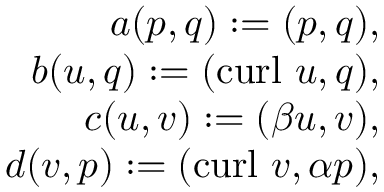
\begin{array} { r l r } & { } & { a ( { p } , { q } ) : = ( { p } , { q } ) , } \\ & { } & { b ( \boldsymbol { u } , { q } ) : = ( \mathrm { c u r l } ~ \boldsymbol { u } , { q } ) , } \\ & { } & { c ( \boldsymbol { u } , \boldsymbol { v } ) : = ( \beta \boldsymbol { u } , \boldsymbol { v } ) , } \\ & { } & { d ( \boldsymbol { v } , { p } ) : = ( \mathrm { c u r l } ~ \boldsymbol { v } , \alpha { p } ) , } \end{array}